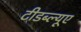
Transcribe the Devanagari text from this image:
टीडब्ल्यूए